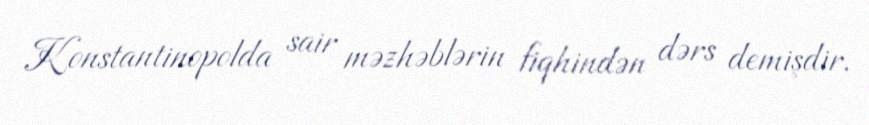
Konstantinopolda sair məzhəblərin fiqhindən dərs demişdir.